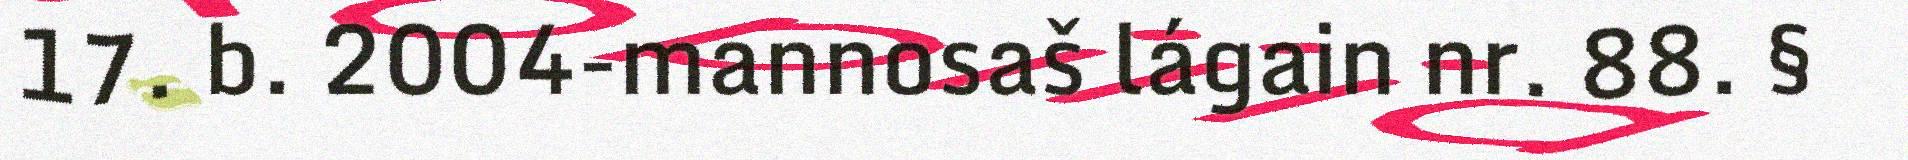
17. b. 2004-mannosaš lágain nr. 88. §